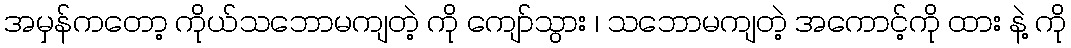
အမှန်ကတော့ ကိုယ်သဘောမကျတဲ့ ကို ကျော်သွား ၊ သဘောမကျတဲ့ အကောင့်ကို ထား နဲ့ ကို